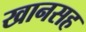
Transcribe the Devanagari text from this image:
खानसह